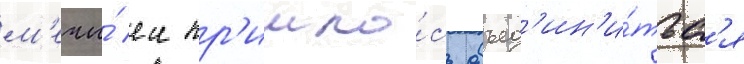
м'ечи́ еи пр'ишло́сь объед'ин'и́тьс'я